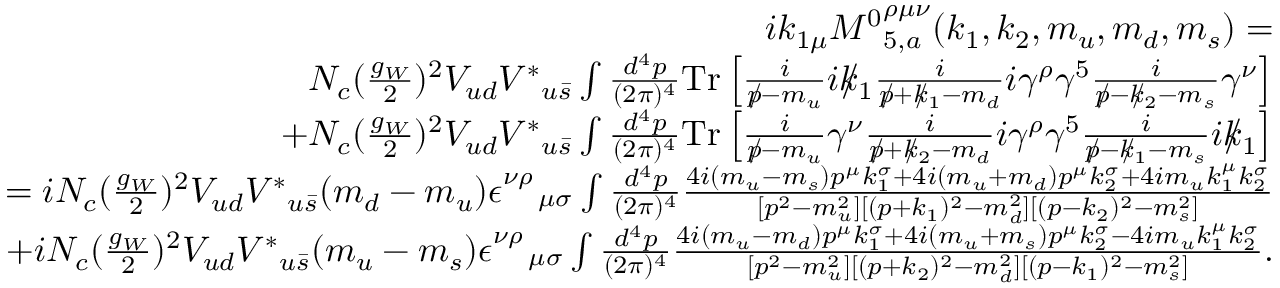
\begin{array} { r l r } & { } & { i k _ { 1 \mu } { M ^ { 0 } } _ { 5 , a } ^ { \rho \mu \nu } ( k _ { 1 } , k _ { 2 } , m _ { u } , m _ { d } , m _ { s } ) = } \\ & { } & { N _ { c } ( \frac { g _ { W } } { 2 } ) ^ { 2 } V _ { u d } { V ^ { \ast } } _ { u \bar { s } } \int \frac { d ^ { 4 } p } { ( 2 \pi ) ^ { 4 } } \mathrm { { T r } } \left[ \frac { i } { p \! \! \! / - m _ { u } } i k \! \! \! / _ { 1 } \frac { i } { p \! \! \! / + k \! \! \! / _ { 1 } - m _ { d } } i \gamma ^ { \rho } \gamma ^ { 5 } \frac { i } { p \! \! \! / - k \! \! \! / _ { 2 } - m _ { s } } \gamma ^ { \nu } \right] } \\ & { } & { + N _ { c } ( \frac { g _ { W } } { 2 } ) ^ { 2 } V _ { u d } { V ^ { \ast } } _ { u \bar { s } } \int \frac { d ^ { 4 } p } { ( 2 \pi ) ^ { 4 } } { \mathrm { T r } } \left[ \frac { i } { p \! \! \! / - m _ { u } } \gamma ^ { \nu } \frac { i } { p \! \! \! / + k \! \! \! / _ { 2 } - m _ { d } } i \gamma ^ { \rho } \gamma ^ { 5 } \frac { i } { p \! \! \! / - k \! \! \! / _ { 1 } - m _ { s } } i k \! \! \! / _ { 1 } \right] } \\ & { } & { = i N _ { c } ( \frac { g _ { W } } { 2 } ) ^ { 2 } V _ { u d } { V ^ { \ast } } _ { u \bar { s } } ( m _ { d } - m _ { u } ) \epsilon _ { \quad \mu \sigma } ^ { \nu \rho } \int \frac { d ^ { 4 } p } { ( 2 \pi ) ^ { 4 } } \frac { 4 i ( m _ { u } - m _ { s } ) p ^ { \mu } k _ { 1 } ^ { \sigma } + 4 i ( m _ { u } + m _ { d } ) p ^ { \mu } k _ { 2 } ^ { \sigma } + 4 i m _ { u } k _ { 1 } ^ { \mu } k _ { 2 } ^ { \sigma } } { [ p ^ { 2 } - m _ { u } ^ { 2 } ] [ ( p + k _ { 1 } ) ^ { 2 } - m _ { d } ^ { 2 } ] [ ( p - k _ { 2 } ) ^ { 2 } - m _ { s } ^ { 2 } ] } } \\ & { } & { + i N _ { c } ( \frac { g _ { W } } { 2 } ) ^ { 2 } V _ { u d } { V ^ { \ast } } _ { u \bar { s } } ( m _ { u } - m _ { s } ) \epsilon _ { \quad \mu \sigma } ^ { \nu \rho } \int \frac { d ^ { 4 } p } { ( 2 \pi ) ^ { 4 } } \frac { 4 i ( m _ { u } - m _ { d } ) p ^ { \mu } k _ { 1 } ^ { \sigma } + 4 i ( m _ { u } + m _ { s } ) p ^ { \mu } k _ { 2 } ^ { \sigma } - 4 i m _ { u } k _ { 1 } ^ { \mu } k _ { 2 } ^ { \sigma } } { [ p ^ { 2 } - m _ { u } ^ { 2 } ] [ ( p + k _ { 2 } ) ^ { 2 } - m _ { d } ^ { 2 } ] [ ( p - k _ { 1 } ) ^ { 2 } - m _ { s } ^ { 2 } ] } . } \end{array}